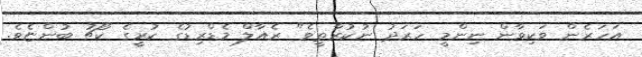
އަހަރެން ވަކިވާން ނިންމީ ހަރަދު ނުކުރާތީވެ" ރެއާލް މެޑްރިޑުގެ ކުރީގެ ކޯޗު ބުންޏެވެ.